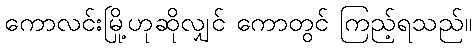
ကောလင်းမြို့ဟုဆိုလျှင် ကောတွင် ကြည့်ရသည်။